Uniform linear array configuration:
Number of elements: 12
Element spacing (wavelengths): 0.75
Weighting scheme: kaiser
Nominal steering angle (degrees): -60
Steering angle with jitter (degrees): -60.664
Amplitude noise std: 0.05
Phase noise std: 0.05

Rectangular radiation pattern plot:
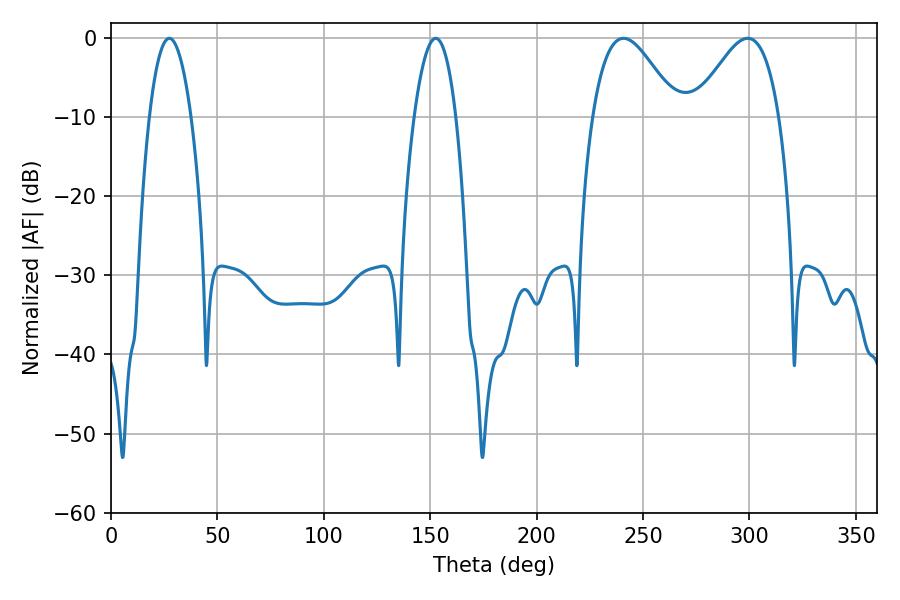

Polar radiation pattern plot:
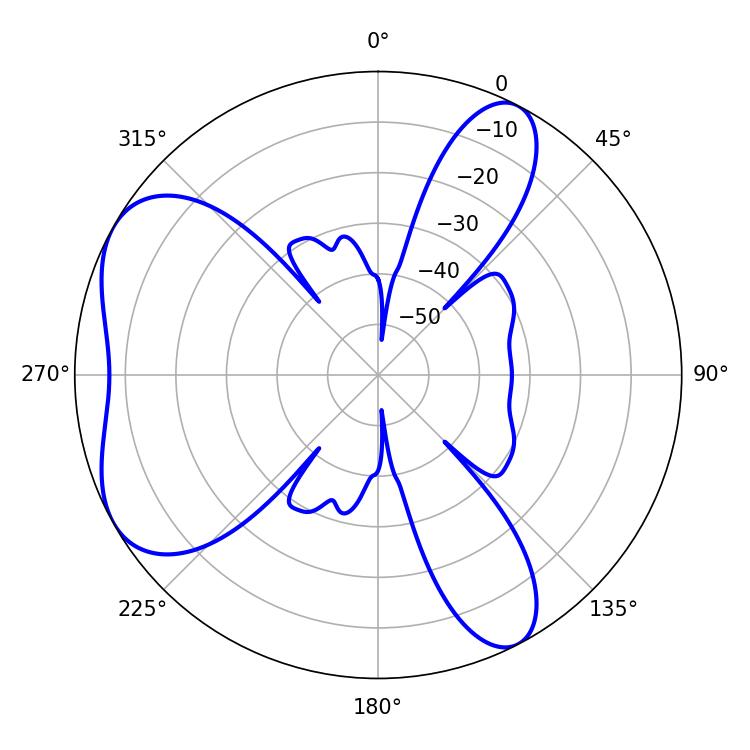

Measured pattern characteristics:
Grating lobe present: TRUE
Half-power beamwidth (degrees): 21.42
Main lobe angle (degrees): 240.84